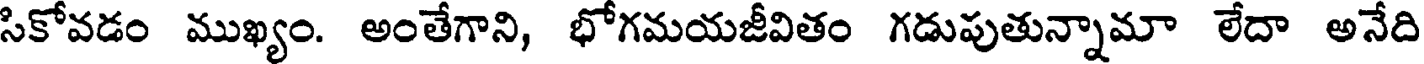
సికోవడం ముఖ్యం. అంతేగాని, భోగమయజీవితం గడుపుతున్నామా లేదా అనేది